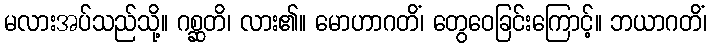
မလားအပ်သည်သို့။ ဂစ္ဆတိ၊ လား၏။ မောဟာဂတိံ၊ တွေဝေခြင်းကြောင့်။ ဘယာဂတိံ၊